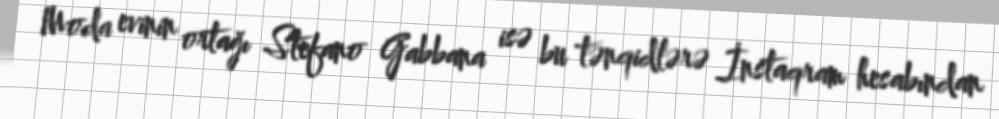
Moda evinin ortağı Stefano Gabbana isə bu tənqidlərə İnstaqram hesabından